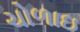
ચોળાઇ